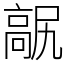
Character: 髛